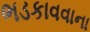
ભડકાવવાના